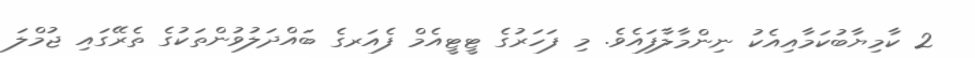
2 ކާމިޔާބުކަމާއިއެކު ނިންމާލާފައެވެ. މި ފަހަރުގެ ޓީޓީއެމް ފެއަރގެ ބައްދަލުވުންތަކުގެ ތެރޭގައި ޖުމްލަ